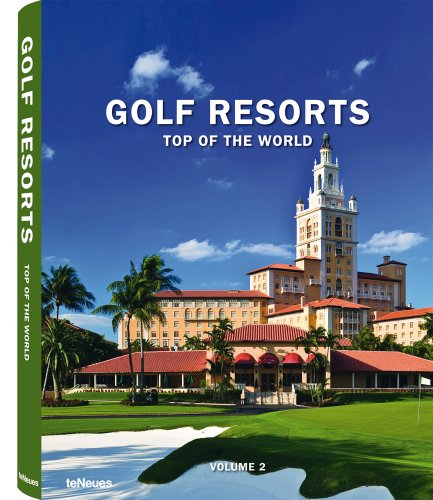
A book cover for Golf Resorts: Top of the World Volume 2 (English and German Edition); Travel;